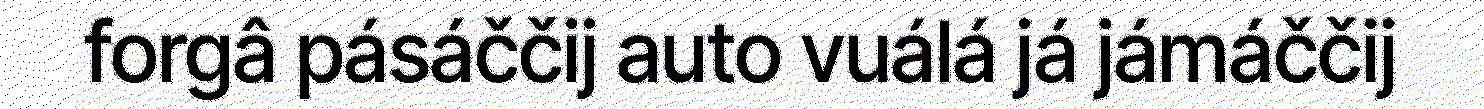
forgâ pásáččij auto vuálá já jámáččij